Indian Medical Review
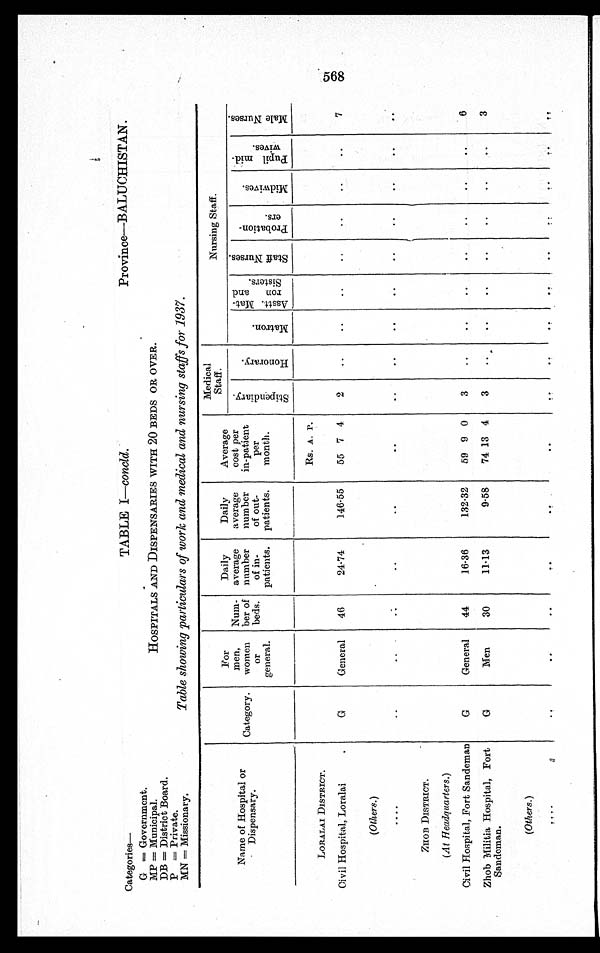
Province—BALUCHISTAN.
Categories—
G = Government.
MP = Municipal.
DB = District Board.
P = Private.
MN = Missionary.
TABLE I—concld.
HOSPITALS AND DISPENSARIES WITH 20 BEDS OR OVER.
Table showing particulars of work and medical and nursing staffs for 1937
Name of Hospital or
Dispensary.
Category.
For
men,
women
or
general.
Num-
ber of
beds.
Daily
average
number
of in-
patients.
Daily
average
number
of out-
patients.
Average
cost per
in-patient
per
month.
Medical
Staff .
Nursing Staff.
S t i p e n d i a r y
H o n o r a r y .
M a t r o n .
A s s t t . M a t - r o n a n d S i s t e r s .
S t a f f N u r s e s .
P r o b a t i o n - e r s .
M i d w i v e s .
P u p i l m i d - w i v e s .
M a l e N u r s e s .
Rs. A. P.
LORALAI DISTRICT.
Civil Hospital, Loralai
G General 46
24.74
146.55 55 7 4 2
7
(Others.)
ZHOB DISTRICT.
(At Headquarters.)
Civil Hospital, Fort Sandeman
G
General 44
16.36
132.32 59 9 0 3
6
Zhob Militia Hospital, Fort
Sandeman.
G
Men
30
11.13
9.58 74 13 4 3
3
(Others.)
568